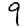
Digit: 9